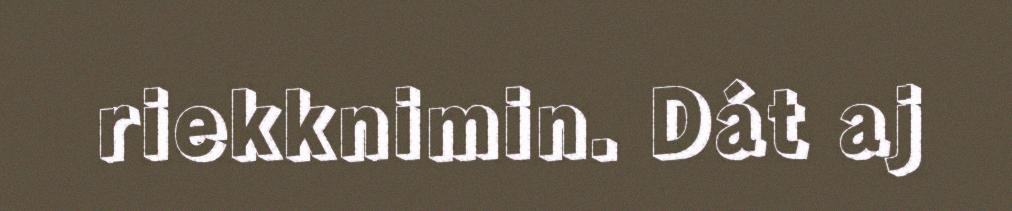
riekknimin. Dát aj